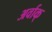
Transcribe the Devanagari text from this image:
अर्वाक्